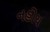
નહોય